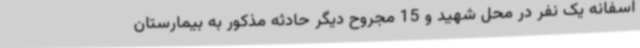
اسفانه یک نفر در محل شهید و 15 مجروح دیگر حادثه مذکور به بیمارستان